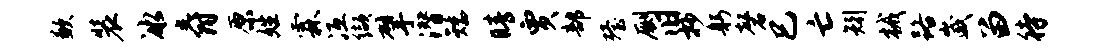
歉装冰爵原姓霖冱缬擘潜矮睛贾部殪劂旧抄躬磬巳亡矧械路崴留待